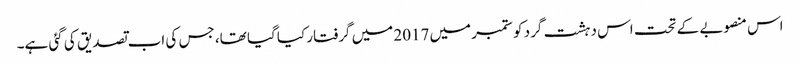
اس منصوبے کے تحت اس دہشت گرد کو ستمبر میں 2017 میں گرفتار کیا گیا تھا، جس کی اب تصدیق کی گئی ہے۔